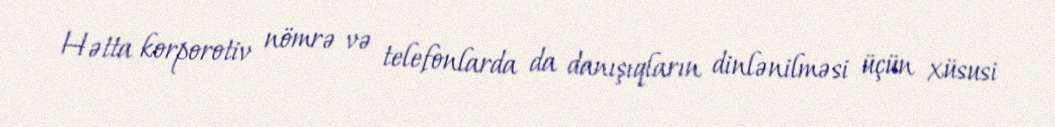
Hətta korporotiv nömrə və telefonlarda da danışıqların dinlənilməsi üçün xüsusi